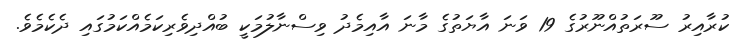
ކުރާއިރު ސޫރަތުއްނޫރުގެ 19 ވަނަ އާޔަތުގެ މާނަ އާއިމެދު ވިސްނާލުމަކީ ބުއްދިވެރިކަމެއްކަމުގައި ދެކެމެވެ.